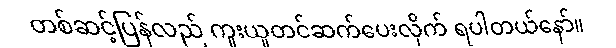
တစ်ဆင့်ပြန်လည် ကူးယူတင်ဆက်ပေးလိုက် ရပါတယ်နော်။